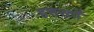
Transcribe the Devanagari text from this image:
हसरतों